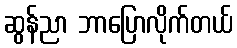
ဆွန်ညာ ဘာပြောလိုက်တယ်